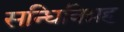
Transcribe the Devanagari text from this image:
सन्धिविग्रह